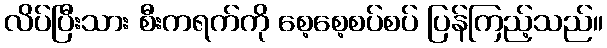
လိပ်ပြီးသား စီးကရက်ကို စေ့စေ့စပ်စပ် ပြန်ကြည့်သည်။